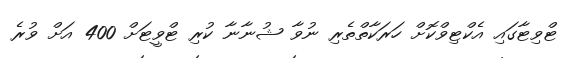
ޓްވިޓާގައި އެކްޓިވްކޮށް ހަރަކާތްތެރި ނުވާ ޝުނާނާ ކުރި ޓްވީޓަށް 400 އަށް ވުރެ